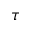
\tau